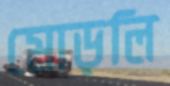
মোড়লি